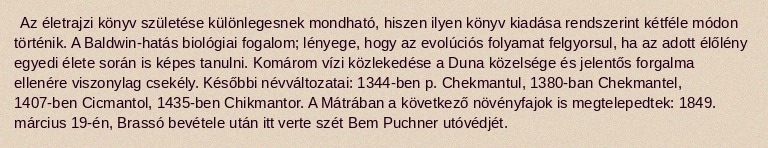
Az életrajzi könyv születése különlegesnek mondható, hiszen ilyen könyv kiadása rendszerint kétféle módon történik. A Baldwin-hatás biológiai fogalom; lényege, hogy az evolúciós folyamat felgyorsul, ha az adott élőlény egyedi élete során is képes tanulni. Komárom vízi közlekedése a Duna közelsége és jelentős forgalma ellenére viszonylag csekély. Későbbi névváltozatai: 1344-ben p. Chekmantul, 1380-ban Chekmantel, 1407-ben Cicmantol, 1435-ben Chikmantor. A Mátrában a következő növényfajok is megtelepedtek: 1849. március 19-én, Brassó bevétele után itt verte szét Bem Puchner utóvédjét.